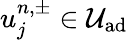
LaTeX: u_{j}^{n,\pm}\in\mathcal{U}_{\textrm{ad}}